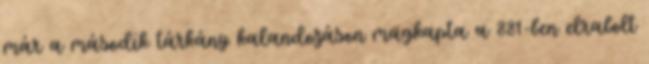
már a második tárkány kalandozáson magkapta a 881-ben elrabolt